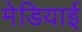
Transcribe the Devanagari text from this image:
मेडियाई